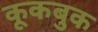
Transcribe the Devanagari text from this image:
कूकबुक